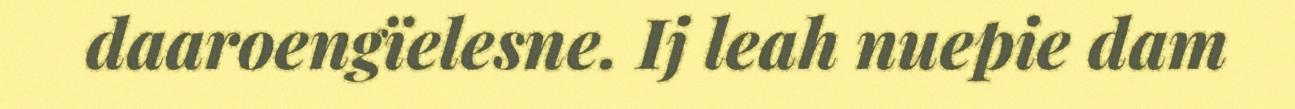
daaroengïelesne. Ij leah nuepie dam